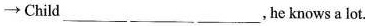
→Child___ ___ ___,he knows a lot.